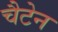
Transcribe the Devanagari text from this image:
चैटेन